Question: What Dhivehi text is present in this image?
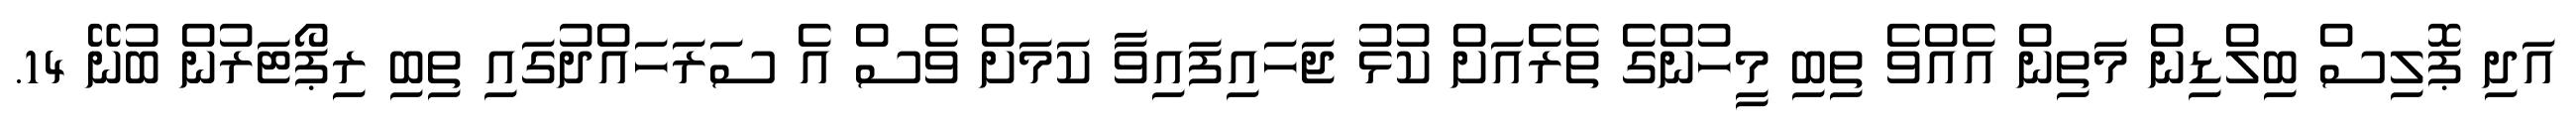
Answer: އަދި ޕޮލިސް ބިލްޑިން މަތިން އެއްވެ ތިބި މީހުންގެ ތެރެއަށް ކުޅު ޖަހައިފައިވާ ކަމަށް ވެސް އެ ސަރަހައްދުގައި ތިބި ރިޕޯޓަރުން ބުނޭ 14.